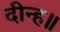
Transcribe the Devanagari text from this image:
दीन्ह॥